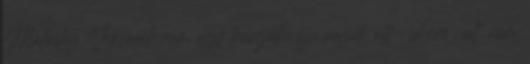
Mellesleg Viktorék nem egy tranzakciója valódi off-shore volt, nem